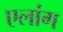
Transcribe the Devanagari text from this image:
एलांग